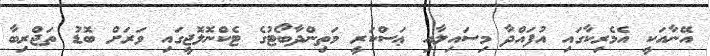
އޭނާއަކީ އެމެރިކާގައި އުފައްދާ މިސައިލާއި ޢަސްކަރީ މަތިންދާބޯޓުގެ ޓެކްނޮލޮޖީގައި ވަރަށް ބޮޑު ތަޖްރިބާ